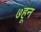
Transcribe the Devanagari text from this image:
७हून